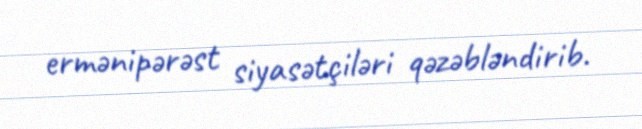
ermənipərəst siyasətçiləri qəzəbləndirib.